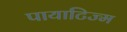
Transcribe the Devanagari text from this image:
पायाटिज्म